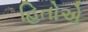
હિતોએ